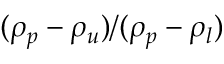
( \rho _ { p } - \rho _ { u } ) / ( \rho _ { p } - \rho _ { l } )